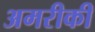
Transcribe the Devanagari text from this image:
अमरीकी